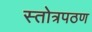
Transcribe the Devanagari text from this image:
स्तोत्रपठण